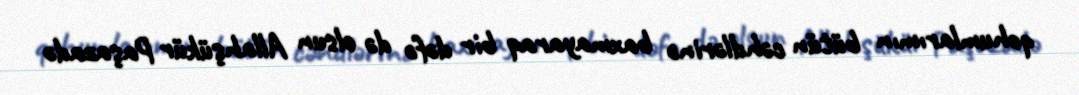
qohumlarımın bütün cəhdlərinə baxmayaraq bir dəfə də olsun Allahşükür Paşazadə